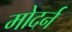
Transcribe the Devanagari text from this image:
मोदर्न